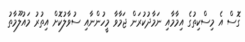
ގޮސް އެ މިސްކިތުގެ އިމާމާއި ނަމާދުކުރަން ޖަމާވާ މީހުންނާއި ސުވާލުކޮށް އިތުރު މައުލޫމާތު